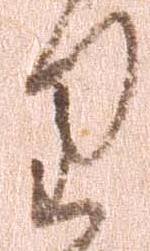
り